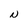
Character: N